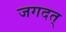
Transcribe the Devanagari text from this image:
जगदत्